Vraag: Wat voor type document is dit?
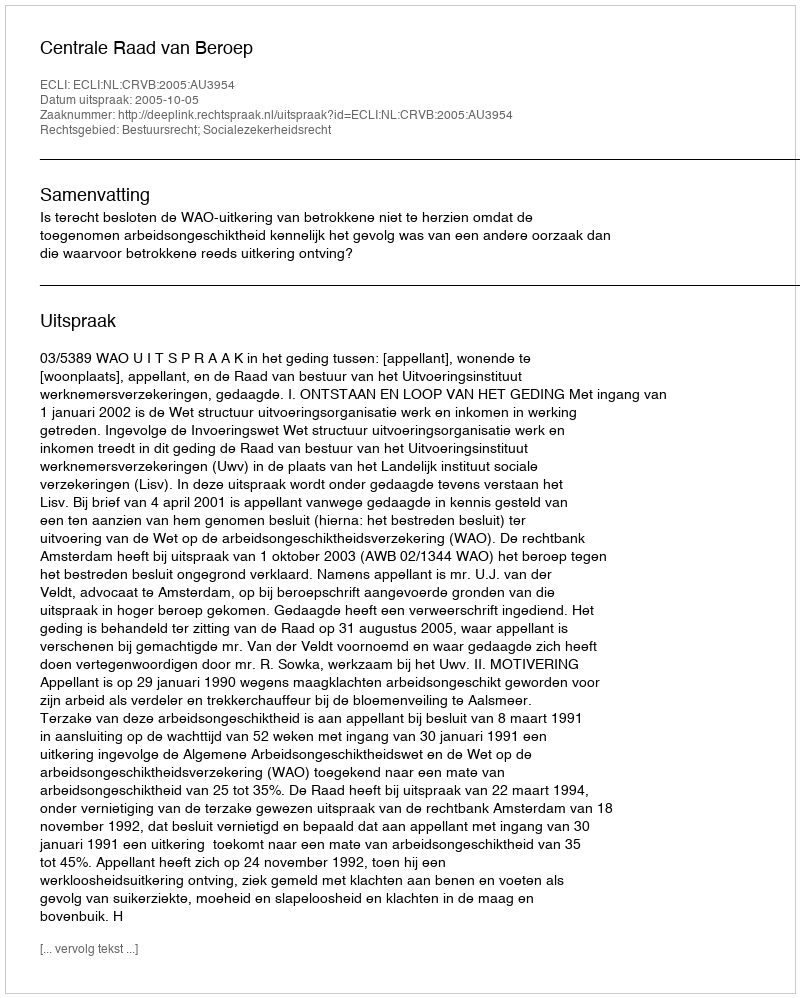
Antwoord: Uitspraak